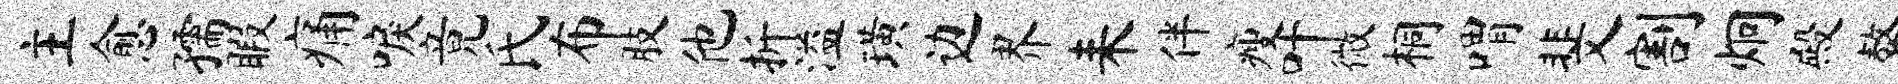
主愈孺暇痛唳竟氏布肢他折溢璜边界耒伴瘦叶微桐喟斐割炯殿螯港